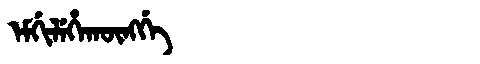
Manchu: ᡝᠮᡤᡳᠯᡝᡥᠠᡴᡡᠩᡤᡝ
Romanization: EMGILEHAKŪNGGE